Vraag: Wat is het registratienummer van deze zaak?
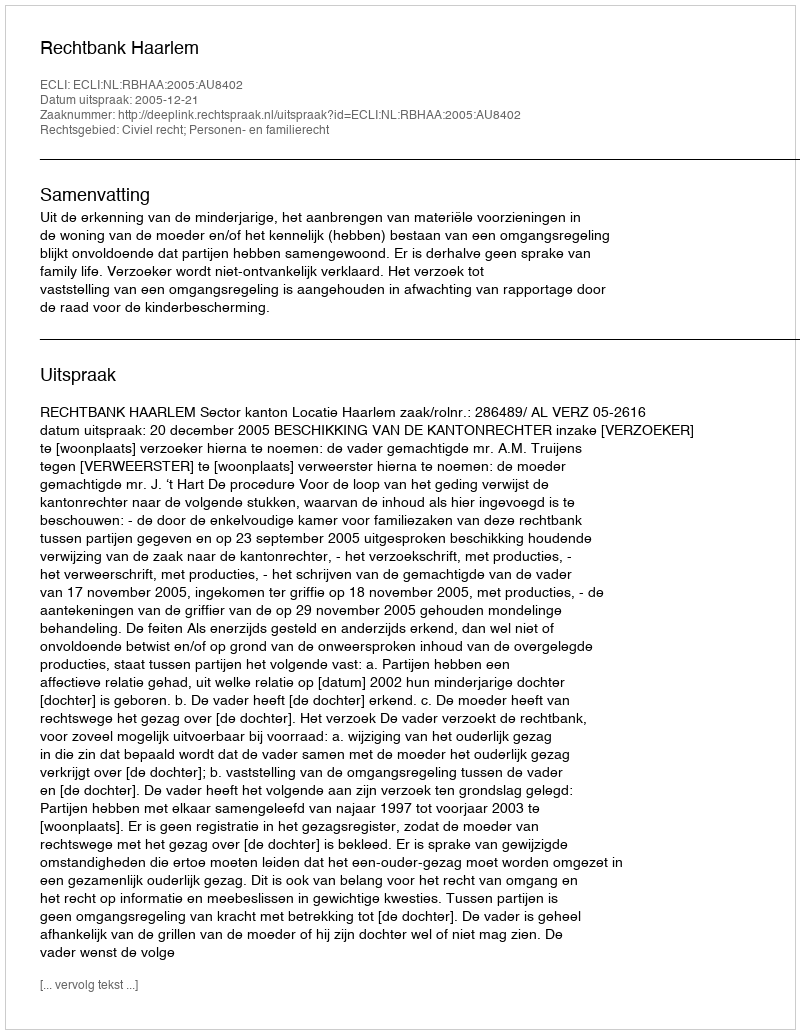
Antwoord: http://deeplink.rechtspraak.nl/uitspraak?id=ECLI:NL:RBHAA:2005:AU8402